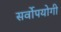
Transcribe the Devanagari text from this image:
सर्वोपयोगी